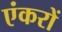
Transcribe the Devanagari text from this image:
एंकरों